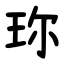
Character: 珎